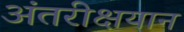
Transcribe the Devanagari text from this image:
अंतरीक्षयान